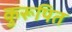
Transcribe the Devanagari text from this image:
कुरूपित